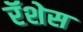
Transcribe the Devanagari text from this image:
रॅशेस